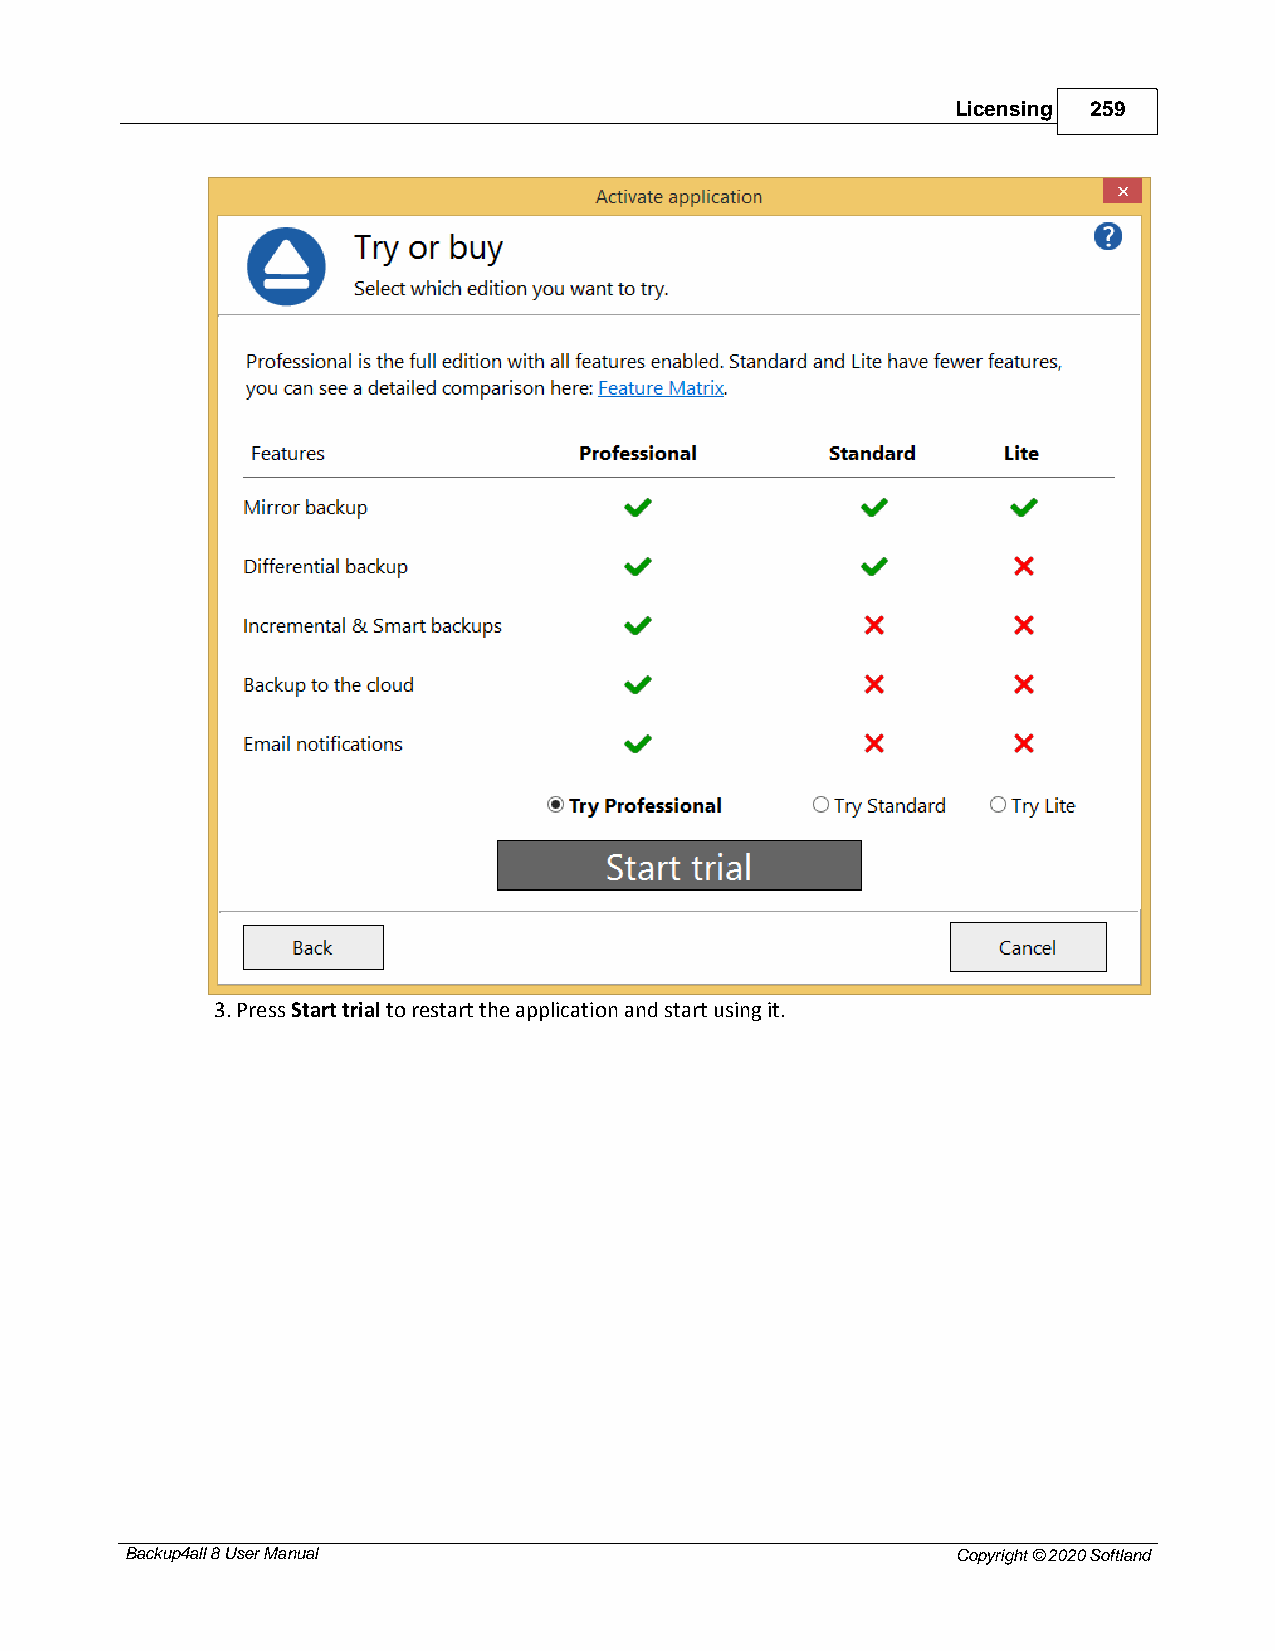
Licensing 259
 3. Press Start trial to restart the application and start using it.
 Backup4all 8 User Manual                               Copyright © 2020 Softland